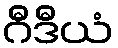
ဂီဒီယံ